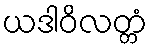
ယဒါဝိလတ္တံ